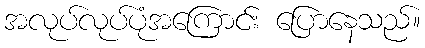
အလုပ်လုပ်ပုံအကြောင်း ပြောနေသည်။